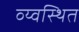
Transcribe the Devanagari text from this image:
व्य्वस्थित